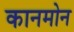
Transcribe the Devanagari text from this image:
कानमोन